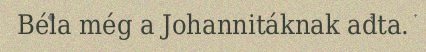
Béla még a Johannitáknak adta.